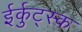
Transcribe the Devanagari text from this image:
ईर्कुट्स्क